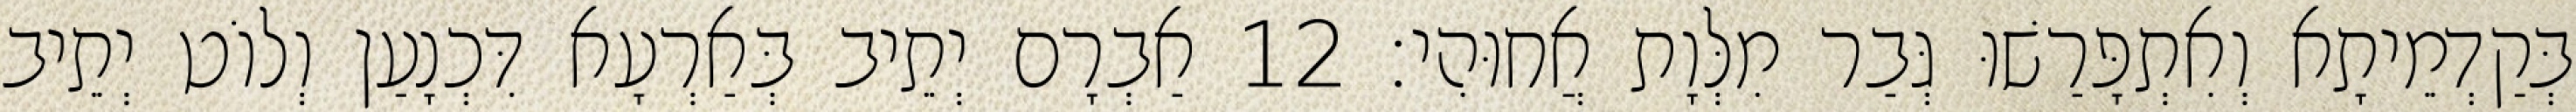
בְּקַדְמֵיתָא וְאִתְפָּרַשׁוּ גְּבַר מִלְּוָת אֲחוּהִי׃ 12 אַבְרָם יְתֵיב בְּאַרְעָא דִּכְנָעַן וְלוֹט יְתֵיב